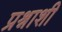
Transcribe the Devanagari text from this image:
प्रश्नाशी